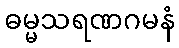
ဓမ္မသရဏဂမနံ